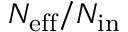
{ N _ { \mathrm { e f f } } } / { N _ { \mathrm { i n } } }